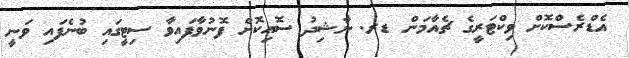
އެޑްރެސްކޮށް ވިކްޓަރީގެ ޗެއާމަން ޑރ. ނާޝިދު ސޮއިކޮށް ފޮނުވާފައިވާ ސިޓީގައި ބުނެފައި ވަނީ